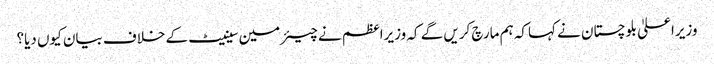
وزیراعلیٰ بلوچستان نے کہاکہ ہم مارچ کریں گے کہ وزیراعظم نے چیئرمین سینیٹ کے خلاف بیان کیوں دیا؟